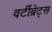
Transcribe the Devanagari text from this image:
वर्टीब्रेट्स